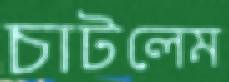
চাটলেম